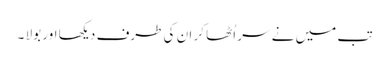
تب میں نے سر اُٹھا کر ان کی طرف دیکھا اور بولا ۔